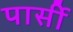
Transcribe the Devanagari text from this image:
पार्सी